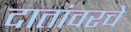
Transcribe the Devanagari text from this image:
दातांवरचे